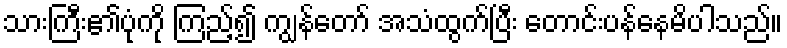
သားကြီး၏ပုံကို ကြည့်၍ ကျွန်တော် အသံထွက်ပြီး တောင်းပန်နေမိပါသည်။